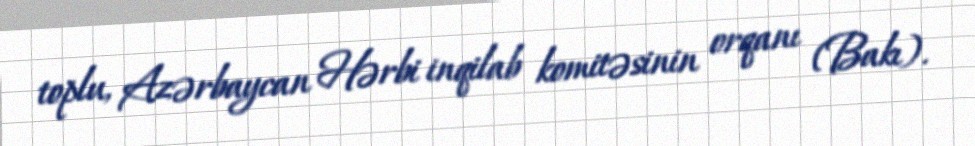
toplu, Azərbaycan Hərbi inqilab komitəsinin orqanı (Bakı).